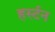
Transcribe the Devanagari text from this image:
हर्स्टन